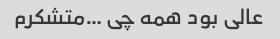
عالی بود همه چی …متشکرم